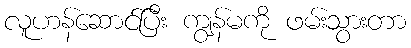
လူဟန်ဆောင်ပြီး ကျွန်မကို ဖမ်းသွားတာ